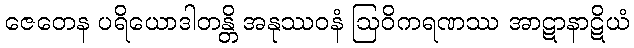
ဇေတေန ပရိယောဒါတန္တိ အနုဿဝနံ ဩဝိကရဏဿ အာဋာနာဋိယံ